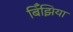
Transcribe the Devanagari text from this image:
बिँझिया